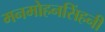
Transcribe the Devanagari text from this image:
मनमोहनसिंहनी